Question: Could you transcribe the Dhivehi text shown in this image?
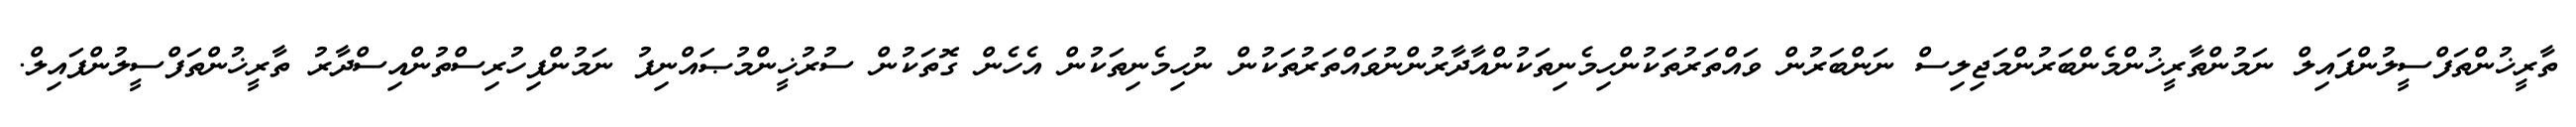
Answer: ތާރީޚުންތަފްސީލުންފައިލް ނަމުންތާރީޚުންމެންބަރުންމަޖިލިސް ނަންބަރުން ވައްތަރުތަކުންހިމެނިތަކުންއާދާރުންނުވައްތަރުތަކުން ނުހިމެނިތަކުން އެހެން ގޮތަކުން ސުރުޚީންމުޞައްނިފު ނަމުންފިހުރިސްތުންއިސްދާރު ތާރީޚުންތަފްސީލުންފައިލް.